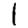
Digit: 1